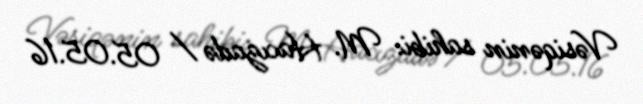
Vəsiqənin sahibi: M. Hacızadə / 05.05.16